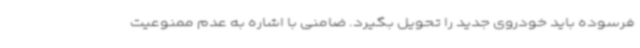
فرسوده باید خودروی جدید را تحویل بگیرد. ضامنی با اشاره به عدم ممنوعیت